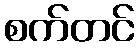
စက်တင်